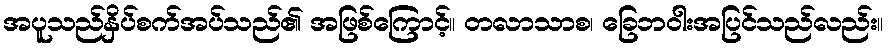
အပူသည်နှိပ်စက်အပ်သည်၏ အဖြစ်ကြောင့်။ တလာသာစ၊ ခြေဘဝါးအပြင်သည်လည်း။